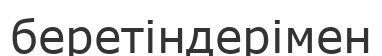
беретіндерімен